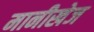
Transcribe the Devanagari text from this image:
मानीखेज